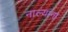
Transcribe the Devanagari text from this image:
नाल्यांना